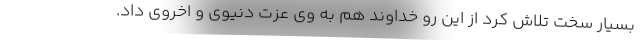
بسیار سخت تلاش کرد از این رو خداوند هم به وی عزت دنیوی و اخروی داد.